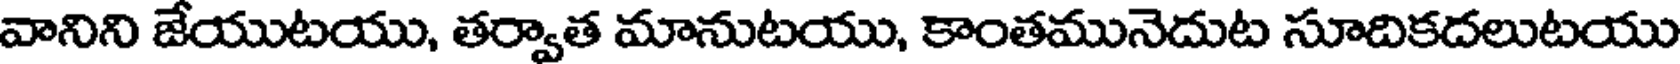
వానిని జేయుటయు, తర్వాత మానుటయు, కాంతమునెదుట సూదికదలుటయు